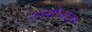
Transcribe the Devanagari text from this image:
रुस्सेल्शेइम